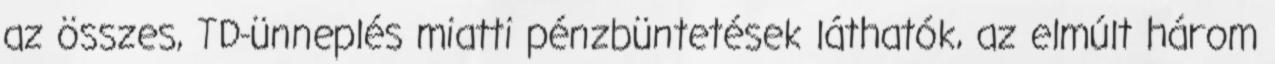
az összes, TD-ünneplés miatti pénzbüntetések láthatók, az elmúlt három